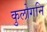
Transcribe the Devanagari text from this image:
कुलोगनि